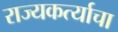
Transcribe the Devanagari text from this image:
राज्यकर्त्याचा